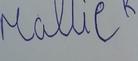
Signature authenticity: forged